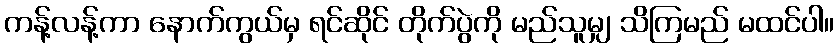
ကန့်လန့်ကာ နောက်ကွယ်မှ ရင်ဆိုင် တိုက်ပွဲကို မည်သူမျှ သိကြမည် မထင်ပါ။